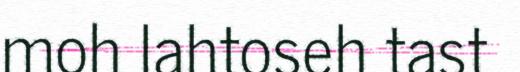
moh lahtoseh tast